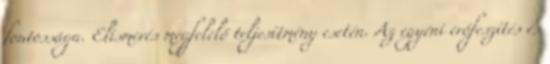
fontossága. Elismerés megfelelő teljesítmény esetén. Az egyéni erőfeszítés és